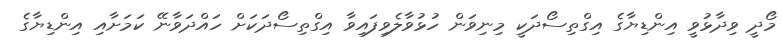
މޯދީ ވިދާޅުވީ އިންޑިޔާގެ އިގްތިސޯދަކީ މިނިވަން ހުޅުވާލެވިފައިވާ އިގްތިސޯދަކަށް ހައްދަވާނޭ ކަމަށާއި އިންޑިޔާގެ